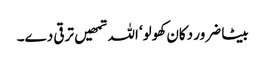
بیٹا ضرور دکان کھولو‘ اللہ تمھیں ترقی دے۔